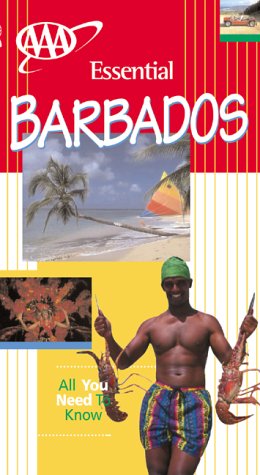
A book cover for Barbados (AAA Essential Guides); Lee Karen Stone; Travel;